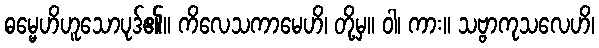
ဓမ္မေဟိဟူသောပုဒ်၏။ ကိလေသကာမေဟိ၊ တို့မှ။ ဝါ၊ ကား။ သဗ္ဗာကုသလေဟိ၊